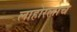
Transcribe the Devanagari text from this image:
लाहोरलाच